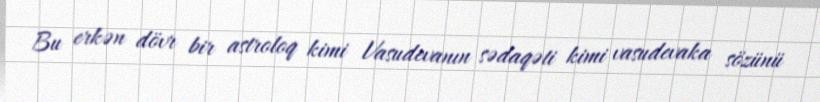
Bu erkən dövr bir astroloq kimi Vasudevanın sədaqəti kimi vasudevaka sözünü